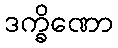
ဒက္ခိဏော